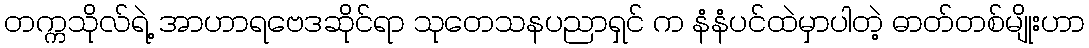
တက္ကသိုလ်ရဲ့ အာဟာရဗေဒဆိုင်ရာ သုတေသနပညာရှင် က နံနံပင်ထဲမှာပါတဲ့ ဓာတ်တစ်မျိုးဟာ